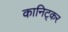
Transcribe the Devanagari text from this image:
कानिट्कर